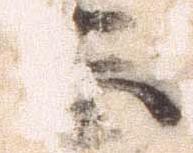
忽